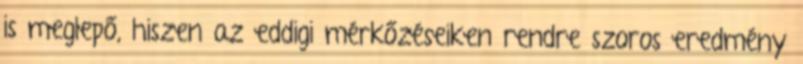
is meglepő, hiszen az eddigi mérkőzéseiken rendre szoros eredmény